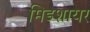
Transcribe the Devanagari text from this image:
मिडशायर